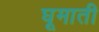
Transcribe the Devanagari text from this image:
घूमाती